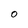
Character: 0